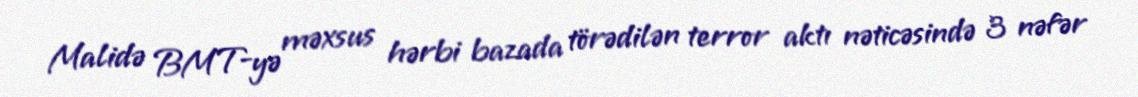
Malidə BMT-yə məxsus hərbi bazada törədilən terror aktı nəticəsində 3 nəfər